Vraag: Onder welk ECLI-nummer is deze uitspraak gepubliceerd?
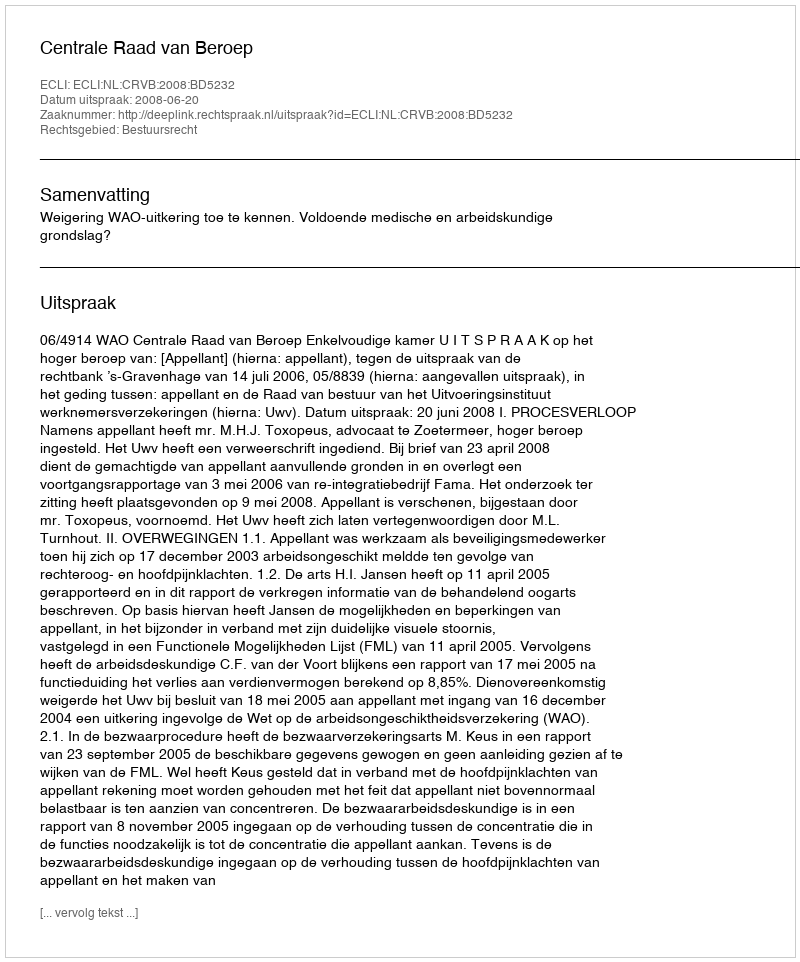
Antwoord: ECLI:NL:CRVB:2008:BD5232